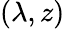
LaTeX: (\lambda,z)